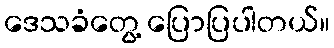
ဒေသခံတွေ့ ပြောပြပါတယ်။